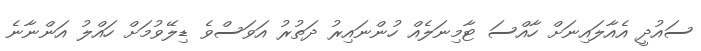
ސައުދީ އެއާލައިނަށް ހާއްސަ ޓާމިނަލެއް ހުންނައިރު ދަތުރު އަވަސްވެ ޑިލޭވުމަށް ހައްލު އަންނާނެ